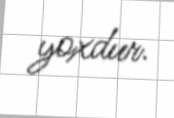
yoxdur.